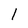
Character: l